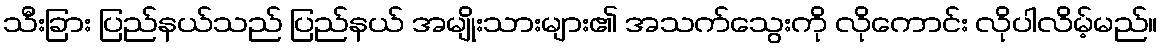
သီးခြား ပြည်နယ်သည် ပြည်နယ် အမျိုးသားများ၏ အသက်သွေးကို လိုကောင်း လိုပါလိမ့်မည်။